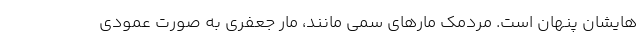
‌هایشان پنهان است. مردمک مارهای سمی مانند، مار جعفری به صورت عمودی